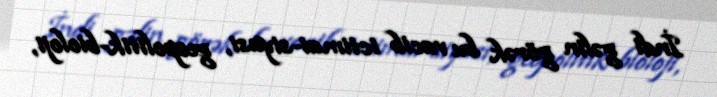
İndi gəlin görək bu vacib ictimai-siyasi, geopolitik-bioloji,